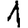
Digit: 1